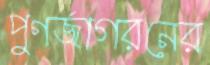
পুণর্জাগরনের